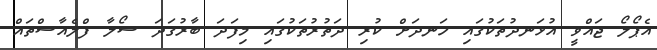
އެޕޯލޯ ޖައްވީ އުޅަނދުތަކުގައި ހަނދަށް ކުރި ދަތުރުތަކުގައި މިފަދަ ބާރުގަދަ ސޯލާ ފްލެއާސްތައް